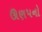
ઊણપનો